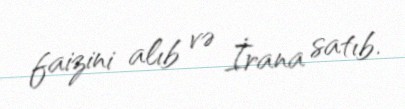
faizini alıb və İrana satıb.